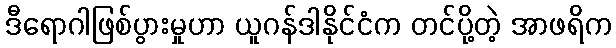
ဒီရောဂါဖြစ်ပွားမှုဟာ ယူဂန်ဒါနိုင်ငံက တင်ပို့တဲ့ အာဖရိက